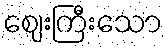
ဈေးကြီးသော